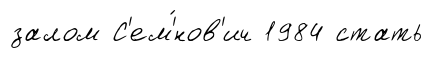
залом С'ем'́нов'ич 1984 стать